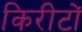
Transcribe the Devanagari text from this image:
किरीटों